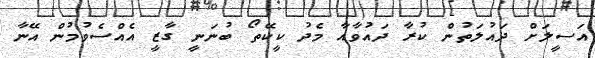
އަސީލަށް ދައުލަތުން ކުރާ ދައުވާއާ މެދު ކީކޭތޯ ބުނަނީ ގާޒީ އެއްސެވުމުން އޭނާ